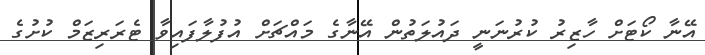
އޭނާ ކޯޓަށް ހާޒިރު ކުރުނަނީ ދައުލަތުން އޭނާގެ މައްޗަށް އުފުލާފައިވާ ޓެރަރިޒަމް ކުށުގެ